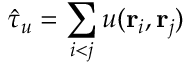
\hat { \tau } _ { u } = \sum _ { i < j } u ( { \mathbf { r } _ { i } } , { \mathbf { r } _ { j } } )